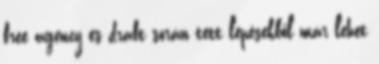
free agency és draft során tett lépésekből már lehet